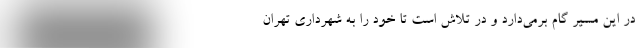
در این مسیر گام برمی‌دارد و در تلاش است تا خود را به شهرداری تهران